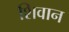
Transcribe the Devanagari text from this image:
शिवान